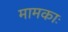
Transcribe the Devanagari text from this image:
मामकाः